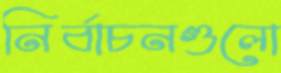
নির্বাচনগুলো